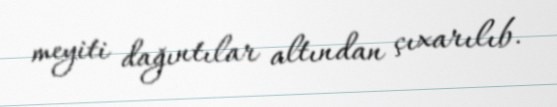
meyiti dağıntılar altından çıxarılıb.